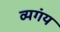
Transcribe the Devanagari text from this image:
व्यगंय